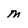
Character: m